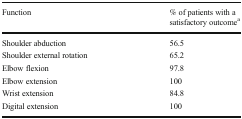
| Function | % of patients with a satisfactory outcomea |
 | --- | --- |
 | Shoulder abduction | 56.5 |
 | Shoulder external rotation | 65.2 |
 | Elbow flexion | 97.8 |
 | Elbow extension | 100 |
 | Wrist extension | 84.8 |
 | Digital extension | 100 |